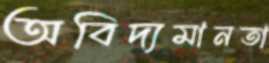
অবিদ্যমানতা